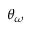
\theta _ { \omega }